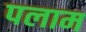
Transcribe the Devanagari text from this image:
पलाम